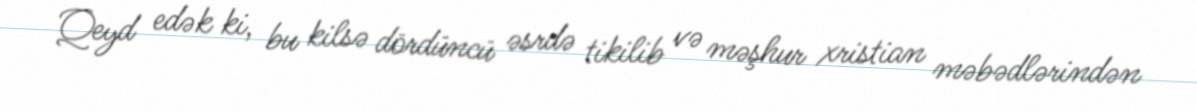
Qeyd edək ki, bu kilsə dördüncü əsrdə tikilib və məşhur xristian məbədlərindən